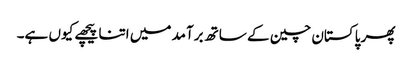
پھر پاکستان چین کے ساتھ برآمد میں اتنا پیچھے کیوں ہے۔